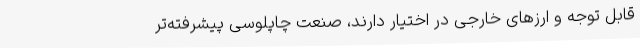
قابل توجه و ارزهای خارجی در اختیار دارند، صنعتِ چاپلوسی پیشرفته‌تر